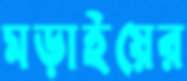
মড়াইয়ের